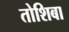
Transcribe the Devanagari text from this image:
तोशिबा